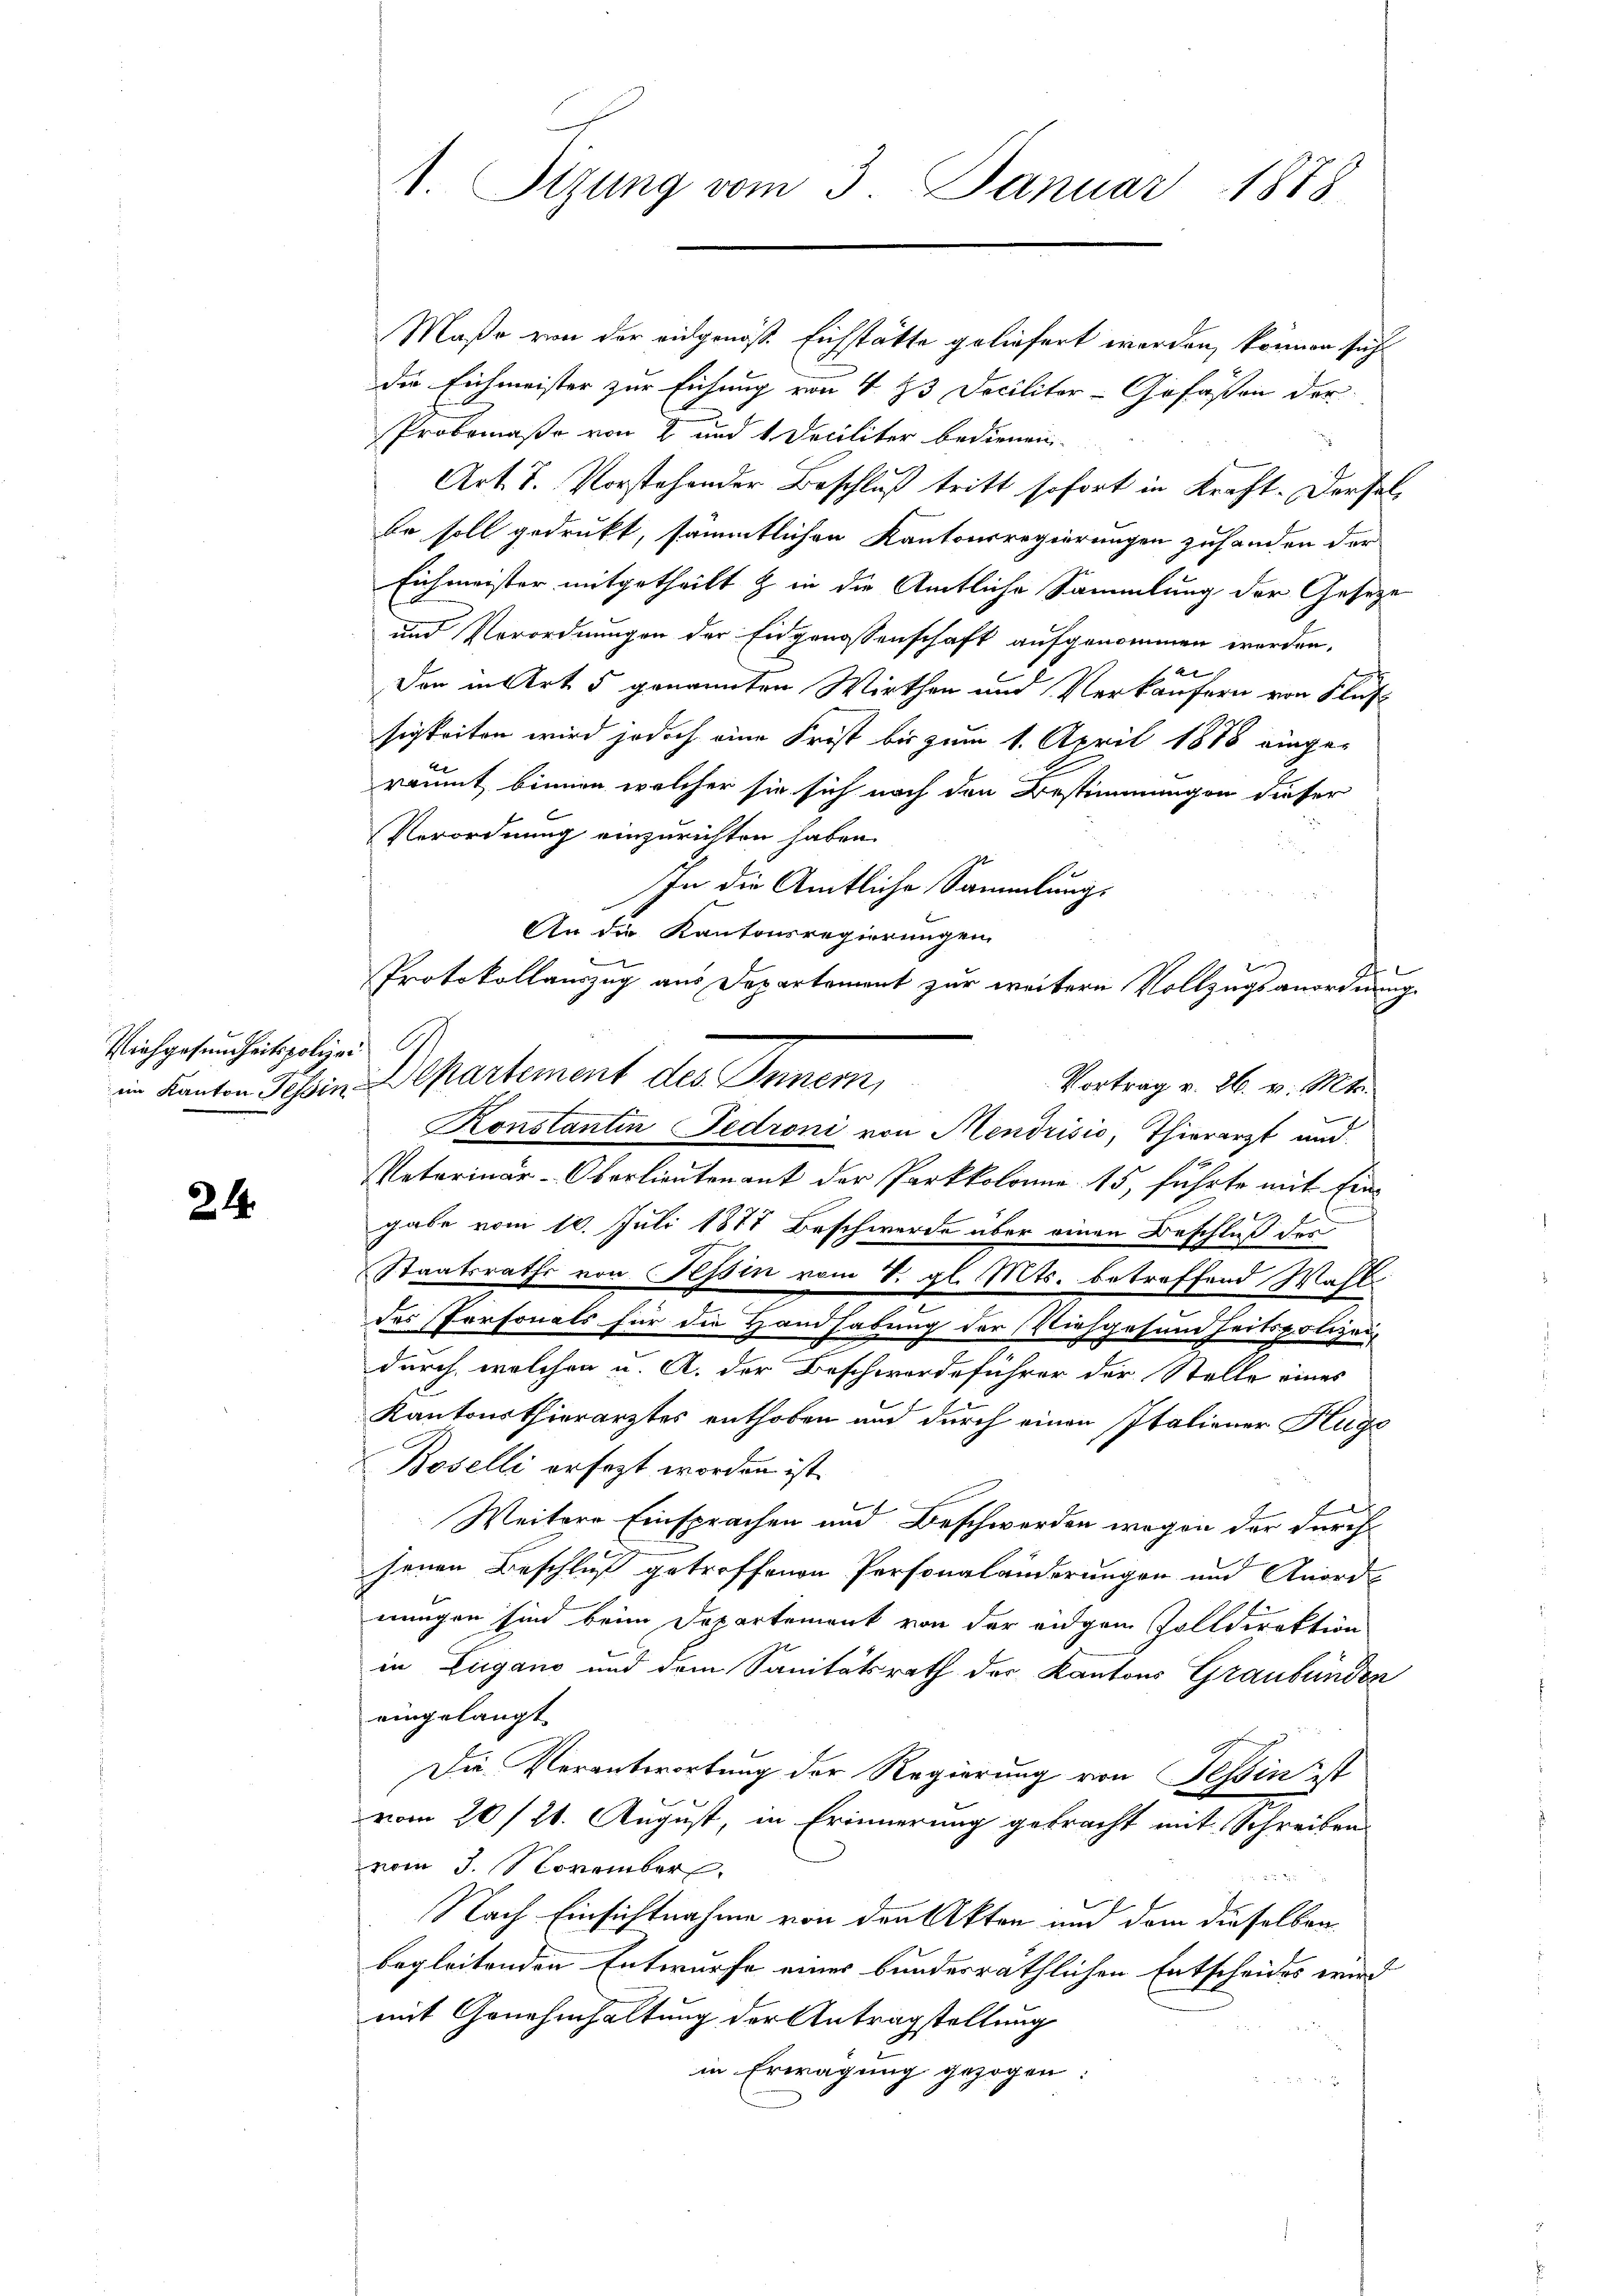
Vichgesundheitspolier

24.

Maße von der eidgenöß. Eichstätte geliefert werden, können sich
die Eichmeister zur Eichung von 4 23 Decilitar-Gofaßen der
Probemaßa von 2 und 1 Deciliter bedienen
Art. 7. Vorstehender Beschluß tritt sofort in Kraft. Derselbe soll gedrukt, sämmtlichen Kantonsregierungen zuhanden der
Eichmeister mitgetheilt & in die Amtliche Sammlung der Gesetze
und Verordnungen der Eidgenossenschaft aufgenommen werden.
12
Den in Art 5 genannten Wirthen und Verkäufern von Flus
sigkeiten wird jedoch eine Frist bis zum 1. April 1878 eingeräumt binnen welcher sie sich nach den Bestimmungen dieser
Verordnung einzurichten haben.
In die Amtliche Sammlung
An die Kantonsregierungen
Protokollauszug aus Departement zur weitere Vollzugsanordnung
in Kanton Teßin Departement des Innern,
Vortrag v. 26. v. Mts.
Konstantin Fedroni von Mendrisić, Thierarzt und
Veterinär-Oberlieutenant der Parkkolone 15, führte mit Eingabe vom 10. Juli 1871 Beschwerde über einen Beschluß des
Staatsraths von Tessin vom V. gl. Mts. betreffend Wahl
des Personals für die Handhabung der Viehgesundheitspolizei,
durch welchen u. A. der Beschwerdeführer der Stelle eines
Kantonsthierarztes enthoben und durch einen Italiener Hugo
Boselli ersezt worden ist.
l
e
Weitere Einsprachen und Beschwerden wegen der Durch
senen Beschluß getroffenen Personaländerungen und Anordnungen sind beim Departement von der eidgen Zolldirektion
in Zugano und dem Sanitätsrath der Kantons Graubünden
eingelangt
Die Verantwortung der Regierung von Tessin ist
vom 20./21. August, in Erinnerung gebracht mit Schreiben
vom 3. November

Nach Einsichtnahme von den Akten und dem dieselben
begleitenden Entwurfe einer bundesräthlichen Entscheides wird
mit Genehmhaltung der Antragstellung
in Erwägung gezogen:

1. Sizung vom 3. Januar 1888